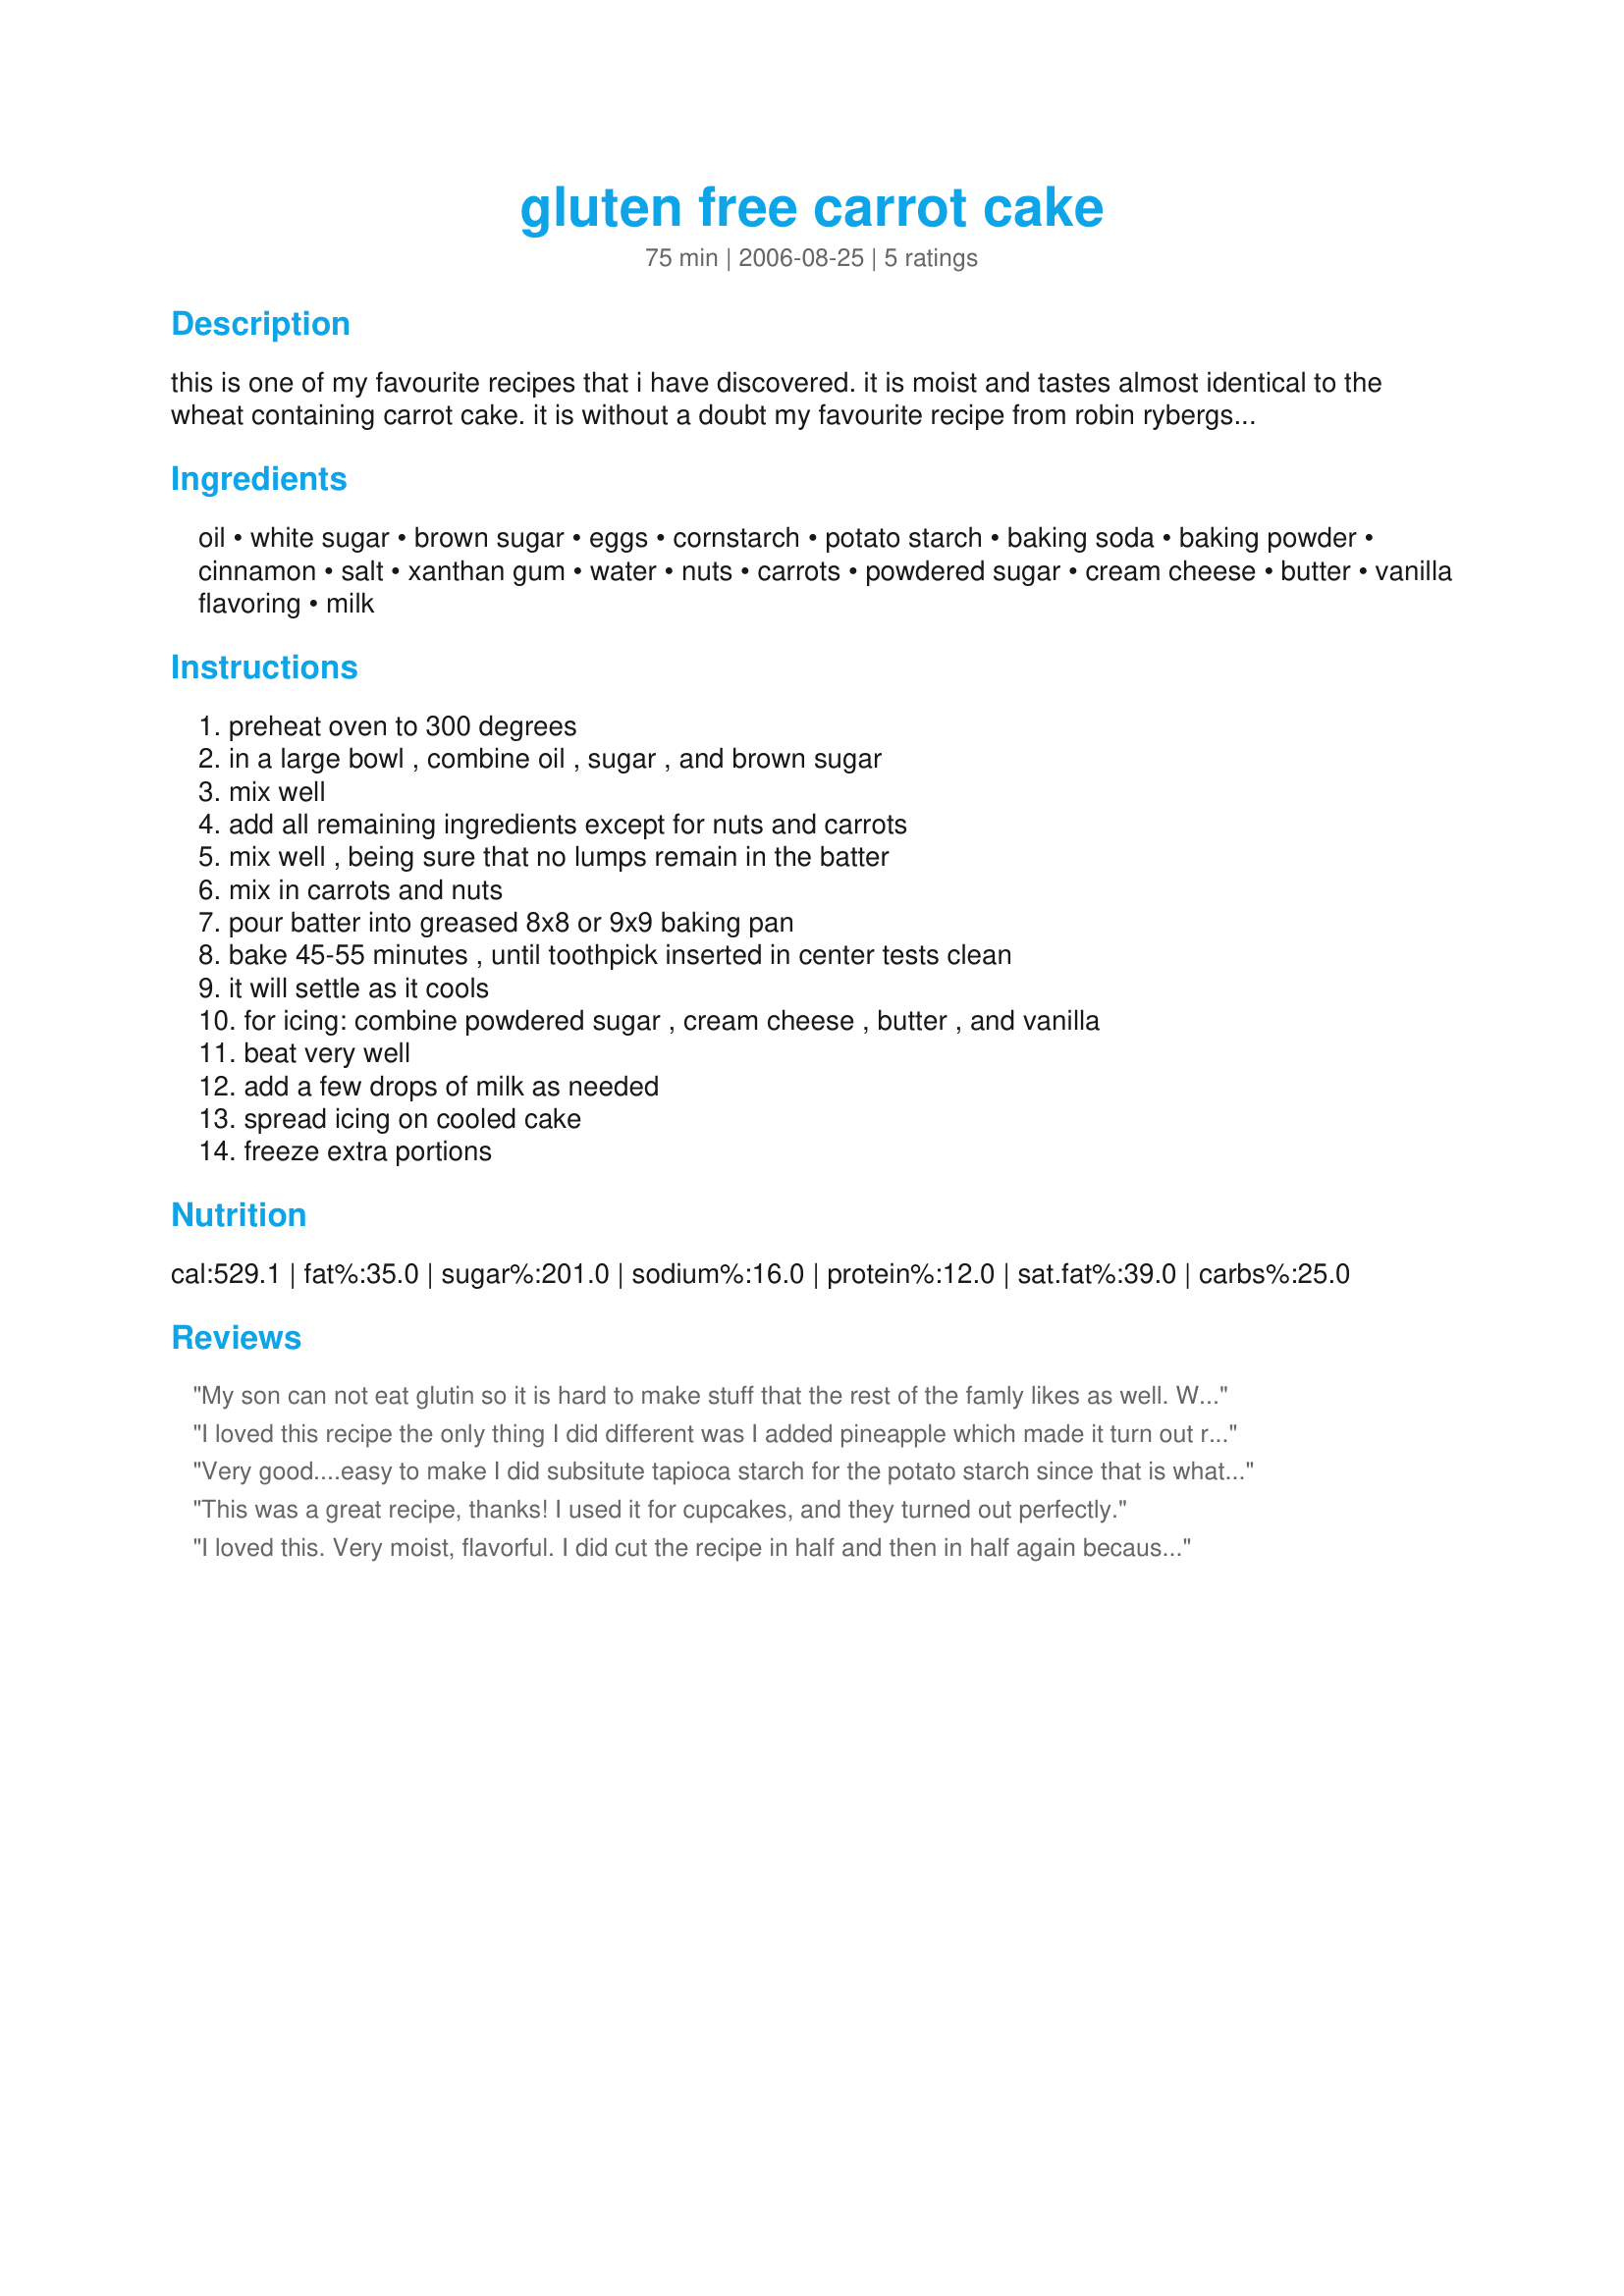
gluten free carrot cake
Preparation time: 75 minutes

this is one of my favourite recipes that i have discovered. it is moist and tastes almost identical to the wheat containing carrot cake. it is without a doubt my favourite recipe from robin rybergs cookbook 'the gluten free kitchen'.

Ingredients:
oil, white sugar, brown sugar, eggs, cornstarch, potato starch, baking soda, baking powder, cinnamon, salt, xanthan gum, water, nuts, carrots, powdered sugar, cream cheese, butter, vanilla flavoring, milk

Steps:
preheat oven to 300 degrees, in a large bowl , combine oil , sugar , and brown sugar, mix well, add all remaining ingredients except for nuts and carrots, mix well , being sure that no lumps remain in the batter, mix in carrots and nuts, pour batter into greased 8x8 or 9x9 baking pan, bake 45-55 minutes , until toothpick inserted in center tests clean, it will settle as it cools, for icing: combine powdered sugar , cream cheese , butter , and vanilla, beat very well, add a few drops of milk as needed, spread icing on cooled cake, freeze extra portions

Reviews:
My son can not eat glutin so it is hard to make stuff that the rest of the famly likes as well. We all loved this recipe and it was very easy to make. Thanks for posting.
I loved this recipe the only thing I did different was I added pineapple which made it turn out really good very moist I had tried a different recipe previously and had to throw them aaway.... Thanks for this recipe
Very good....easy to make
I did subsitute tapioca starch for the potato starch since that is what I had on had. And I subbed knox gelatin for the xanthan gum. Worked great. Will be making again and again. Thanks so much for giving me back my carrot cake. Gonna try it with zuchinni this summer. Yummmm
This was a great recipe, thanks! I used it for cupcakes, and they turned out perfectly.
I loved this. Very moist, flavorful. I did cut the recipe in half and then in half again because we are a small family. So i ended up with 4 cupcakes that i filled 3/4. And the batter rose very high and the cupcakes kind of meld together. No big deal, i just cut appart. I also didn't add the carrots or nuts and made my own frosting.
